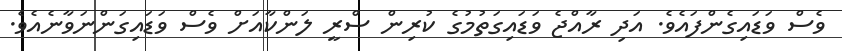
ވެސް ވަޑައިގެންފައެވެ. އަދި ރާއްޖެ ވަޑައިގަތުމުގެ ކުރިން ސްރީ ލަންކާއަށް ވެސް ވަޑައިގަންނަވާނެއެވެ.